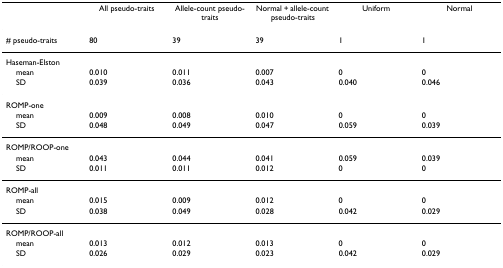
<table><thead><tr><td></td><td><b>All pseudo-traits</b></td><td><b>Allele-count pseudo-traits</b></td><td><b>Normal + allele-count pseudo-traits</b></td><td><b>Uniform</b></td><td><b>Normal</b></td></tr></thead><tbody><tr><td># pseudo-traits</td><td>80</td><td>39</td><td>39</td><td>1</td><td>1</td></tr><tr><td colspan="6">Haseman-Elston</td></tr><tr><td> mean</td><td>0.010</td><td>0.011</td><td>0.007</td><td>0</td><td>0</td></tr><tr><td> SD</td><td>0.039</td><td>0.036</td><td>0.043</td><td>0.040</td><td>0.046</td></tr><tr><td colspan="6">ROMP-one</td></tr><tr><td> mean</td><td>0.009</td><td>0.008</td><td>0.010</td><td>0</td><td>0</td></tr><tr><td> SD</td><td>0.048</td><td>0.049</td><td>0.047</td><td>0.059</td><td>0.039</td></tr><tr><td colspan="6">ROMP/ROOP-one</td></tr><tr><td> mean</td><td>0.043</td><td>0.044</td><td>0.041</td><td>0.059</td><td>0.039</td></tr><tr><td> SD</td><td>0.011</td><td>0.011</td><td>0.012</td><td>0</td><td>0</td></tr><tr><td colspan="6">ROMP-all</td></tr><tr><td> mean</td><td>0.015</td><td>0.009</td><td>0.012</td><td>0</td><td>0</td></tr><tr><td> SD</td><td>0.038</td><td>0.049</td><td>0.028</td><td>0.042</td><td>0.029</td></tr><tr><td colspan="6">ROMP/ROOP-all</td></tr><tr><td> mean</td><td>0.013</td><td>0.012</td><td>0.013</td><td>0</td><td>0</td></tr><tr><td> SD</td><td>0.026</td><td>0.029</td><td>0.023</td><td>0.042</td><td>0.029</td></tr></tbody></table>